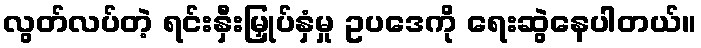
လွတ်လပ်တဲ့ ရင်းနှီးမြှုပ်နှံမှု ဥပဒေကို ရေးဆွဲနေပါတယ်။